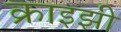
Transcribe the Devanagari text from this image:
क्राइझी